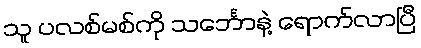
သူ ပလစ်မစ်ကို သင်္ဘောနဲ့ ရောက်လာပြီ